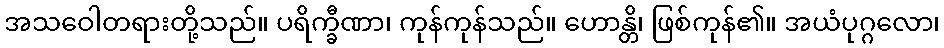
အသဝေါတရားတို့သည်။ ပရိက္ခီဏာ၊ ကုန်ကုန်သည်။ ဟောန္တိ၊ ဖြစ်ကုန်၏။ အယံပုဂ္ဂလော၊